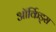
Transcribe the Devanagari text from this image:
ऑर्किड्‌स